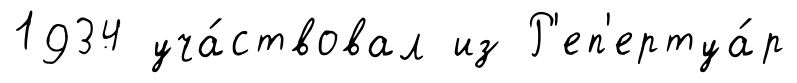
1934 уча́ствовал из Р'еп'ертуа́р